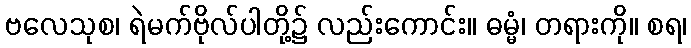
ဗလေသုစ၊ ရဲမက်ဗိုလ်ပါတို့၌ လည်းကောင်း။ ဓမ္မံ၊ တရားကို။ စရ၊